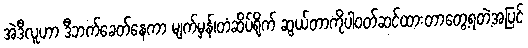
အဲဒီလူဟာ ဒီဘက်ခေတ်နေကာ မျက်မှန်၊တံဆိပ်ရိုက် ဆွယ်တာကိုပါဝတ်ဆင်ထားတာတွေ့ရတဲ့အပြင်